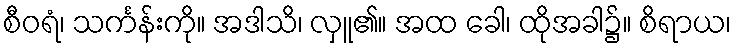
စီဝရံ၊ သင်္ကန်းကို။ အဒါသိ၊ လှူ၏။ အထ ခေါ၊ ထိုအခါ၌။ စိရာယ၊